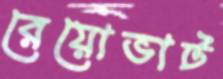
রেয়োভাট